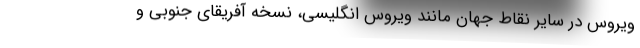
ویروس در سایر نقاط جهان مانند ویروس انگلیسی، نسخه آفریقای جنوبی و